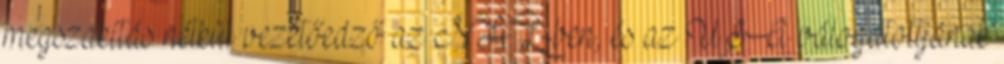
megszakítás nélkül vezetőedző az NHL-ben, és az USA válogatottjának